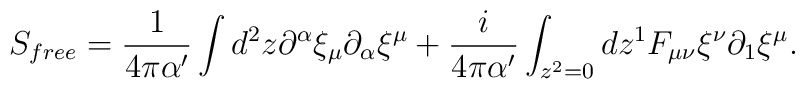
S_{free} = \frac{1}{4\pi\alpha^\prime} \int d^2z \partial^\alpha\xi_\mu \partial_\alpha \xi^\mu +\frac{i}{4\pi\alpha^\prime}\int_{z^2  =0}dz^1 F_{\mu\nu} \xi^\nu\partial_1 \xi^\mu .